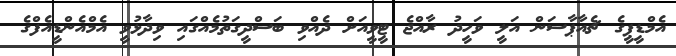
އެމްޑީޕީގެ ޗެއާޕާސަން އަލީ ވަހީދު ރާއްޖެ ޓީވީއަށް ދެއްވި ބަސްދީގަތުމެއްގައި ވިދާޅުވީ އެމްއެންޑީއެފްގެ